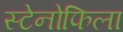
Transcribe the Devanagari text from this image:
स्टेनोफिला